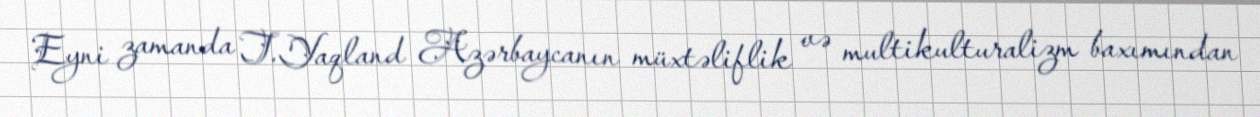
Eyni zamanda T.Yaqland Azərbaycanın müxtəliflik və multikulturalizm baxımından